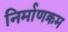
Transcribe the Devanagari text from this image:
निर्माणक्रम